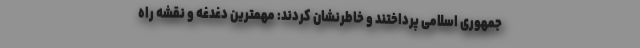
جمهوری اسلامی پرداختند و خاطرنشان کردند: مهمترین دغدغه و نقشه راه